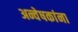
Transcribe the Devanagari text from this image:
अन्वेषकांना